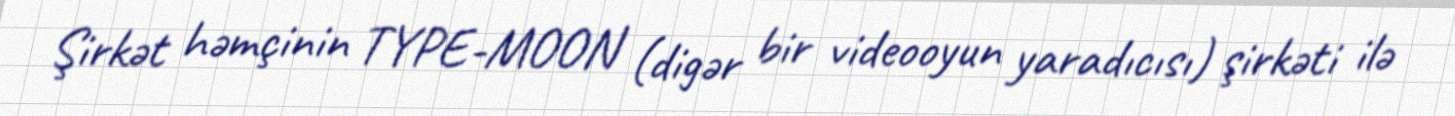
Şirkət həmçinin TYPE-MOON (digər bir videooyun yaradıcısı) şirkəti ilə